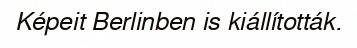
Képeit Berlinben is kiállították.